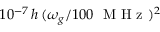
1 0 ^ { - 7 } \, h \, ( \omega _ { g } / 1 0 0 ~ \mathrm { ~ M ~ H ~ z ~ } ) ^ { 2 }